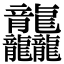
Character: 龘